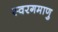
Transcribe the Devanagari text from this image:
स्वरगमाणु